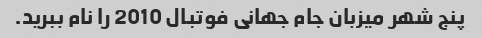
پنج شهر میزبان جام جهانی فوتبال 2010 را نام ببرید.